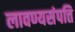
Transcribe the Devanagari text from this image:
लावण्यसंपत्ति